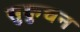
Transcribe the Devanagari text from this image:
सुकुचन